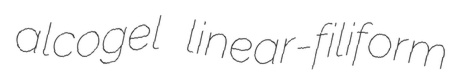
alcogel linear-filiform